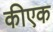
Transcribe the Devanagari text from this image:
कीएक